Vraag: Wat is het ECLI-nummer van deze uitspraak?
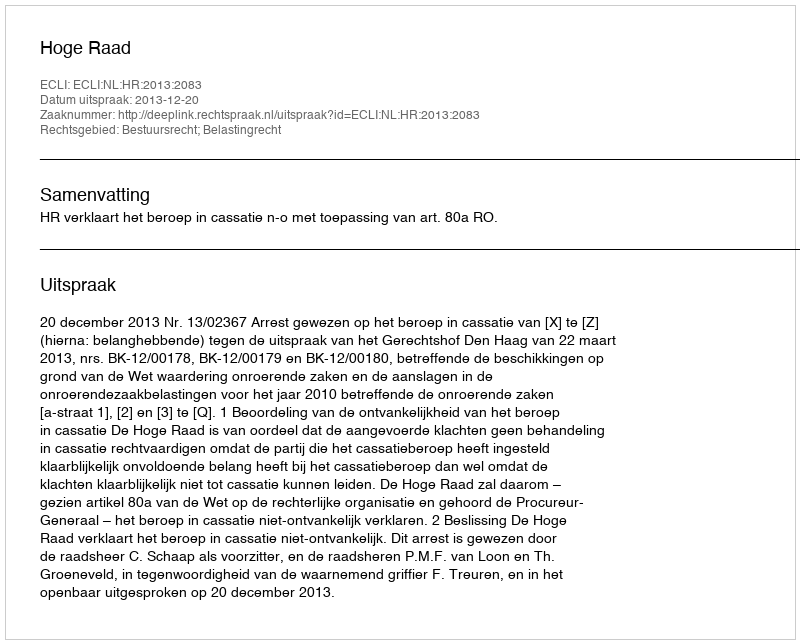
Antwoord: ECLI:NL:HR:2013:2083